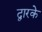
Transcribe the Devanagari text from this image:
द्वारके